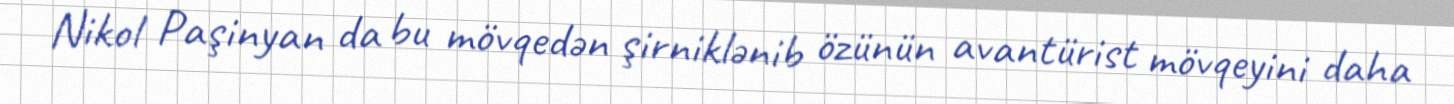
Nikol Paşinyan da bu mövqedən şirniklənib özünün avantürist mövqeyini daha